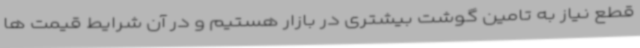
قطع نیاز به تامین گوشت بیشتری در بازار هستیم و در آن شرایط قیمت ها